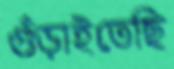
গুঁড়াইতেছি